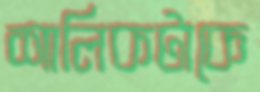
শালিকটাকে